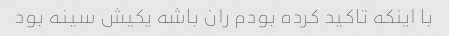
با اینکه تاکید کرده بودم ران باشه یکیش سینه بود